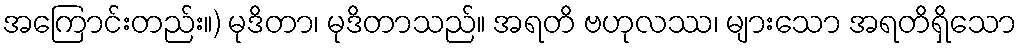
အကြောင်းတည်း။) မုဒိတာ၊ မုဒိတာသည်။ အရတိ ဗဟုလဿ၊ များသော အရတိရှိသော